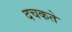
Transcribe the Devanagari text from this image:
दचकते